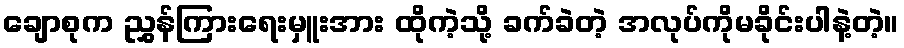
ချောစုက ညွှန်ကြားရေးမှူးအား ထိုကဲ့သို့ ခက်ခဲတဲ့ အလုပ်ကိုမခိုင်းပါနဲ့တဲ့။